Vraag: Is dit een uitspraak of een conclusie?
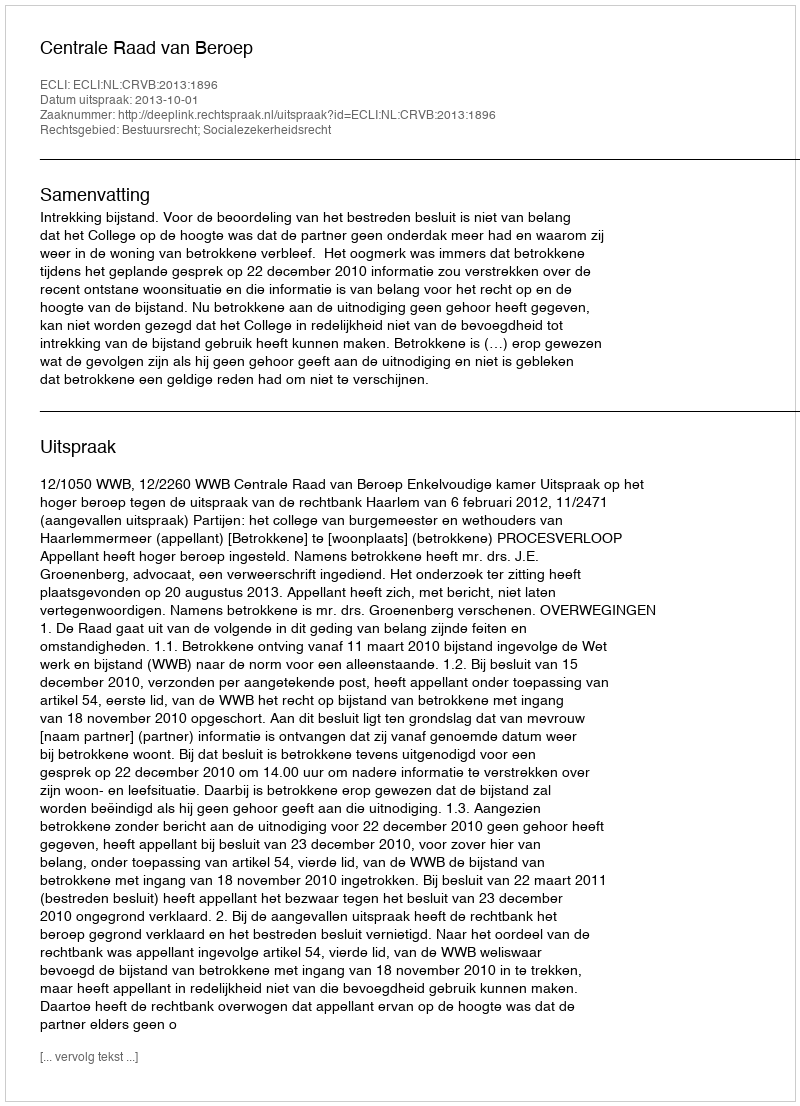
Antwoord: Uitspraak